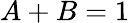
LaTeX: A+B=1